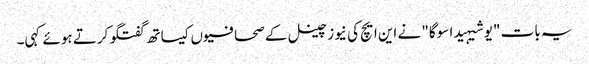
یہ بات "یوشیہیدا سوگا" نے این ایچ کی نیوز چینل کے صحافیوں کیساتھ گفتگو کرتے ہوئے کہی۔